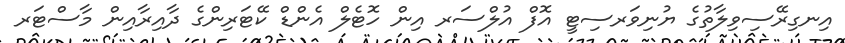
އިނގިރޭސިވިލާތުގެ ޔުނިވަރސިޓީ އޮފް އުލްސަރ އިން ހޮޓެލް އެންޑް ކޭޓަރިންގެ ދާއިރާއިން މާސްޓަރ